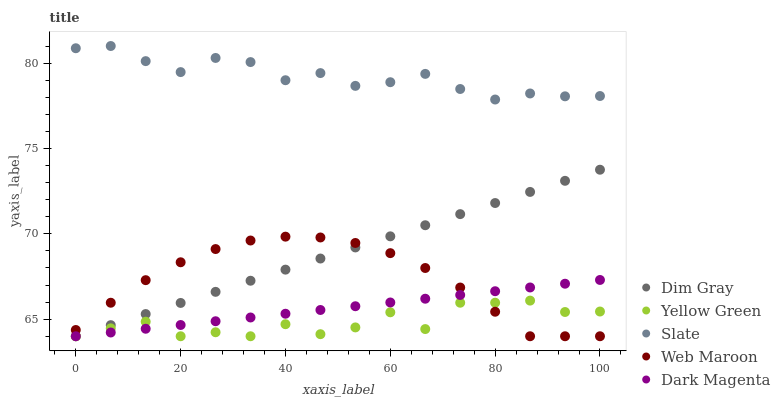
| xaxis_label | Dim Gray | Yellow Green | Slate | Web Maroon | Dark Magenta |
 | --- | --- | --- | --- | --- | --- |
 | 0 | 64 | 64 | 80.9 | 64.4 | 64 |
 | 6.67 | 64.7 | 64.5 | 81 | 66 | 64.2 |
 | 13.3 | 65.3 | 64.9 | 80.1 | 67.3 | 64.4 |
 | 20 | 66 | 64 | 79.5 | 68.3 | 64.7 |
 | 26.7 | 66.6 | 64.2 | 80.3 | 69.1 | 64.9 |
 | 33.3 | 67.3 | 64 | 80.1 | 69.6 | 65.1 |
 | 40 | 67.9 | 64.7 | 79 | 69.8 | 65.3 |
 | 46.7 | 68.6 | 64.1 | 79.4 | 69.8 | 65.5 |
 | 53.3 | 69.2 | 64.5 | 78.7 | 69.5 | 65.8 |
 | 60 | 69.9 | 65.4 | 78.9 | 68.9 | 66 |
 | 66.7 | 70.5 | 64.4 | 79.4 | 68 | 66.2 |
 | 73.3 | 71.2 | 66 | 78.5 | 66.9 | 66.4 |
 | 80 | 71.8 | 66 | 77.9 | 65.4 | 66.6 |
 | 86.7 | 72.5 | 66.1 | 78.2 | 64 | 66.9 |
 | 93.3 | 73.1 | 65.4 | 78.1 | 64 | 67.1 |
 | 100 | 73.8 | 65.4 | 78.1 | 64 | 67.3 |